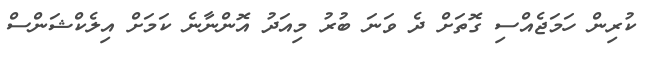
ކުރިން ހަމަޖެއްސި ގޮތަށް ދެ ވަނަ ބުރު މިއަދު އޮންނާނެ ކަމަށް އިލެކްޝަންސް